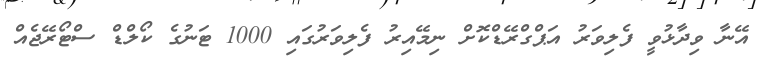
އޭނާ ވިދާޅުވީ ފެލިވަރު އަޕްގްރޭޑްކޮށް ނިމޭއިރު ފެލިވަރުގައި 1000 ޓަނުގެ ކޯލްޑް ސްޓޯރޭޖެއް